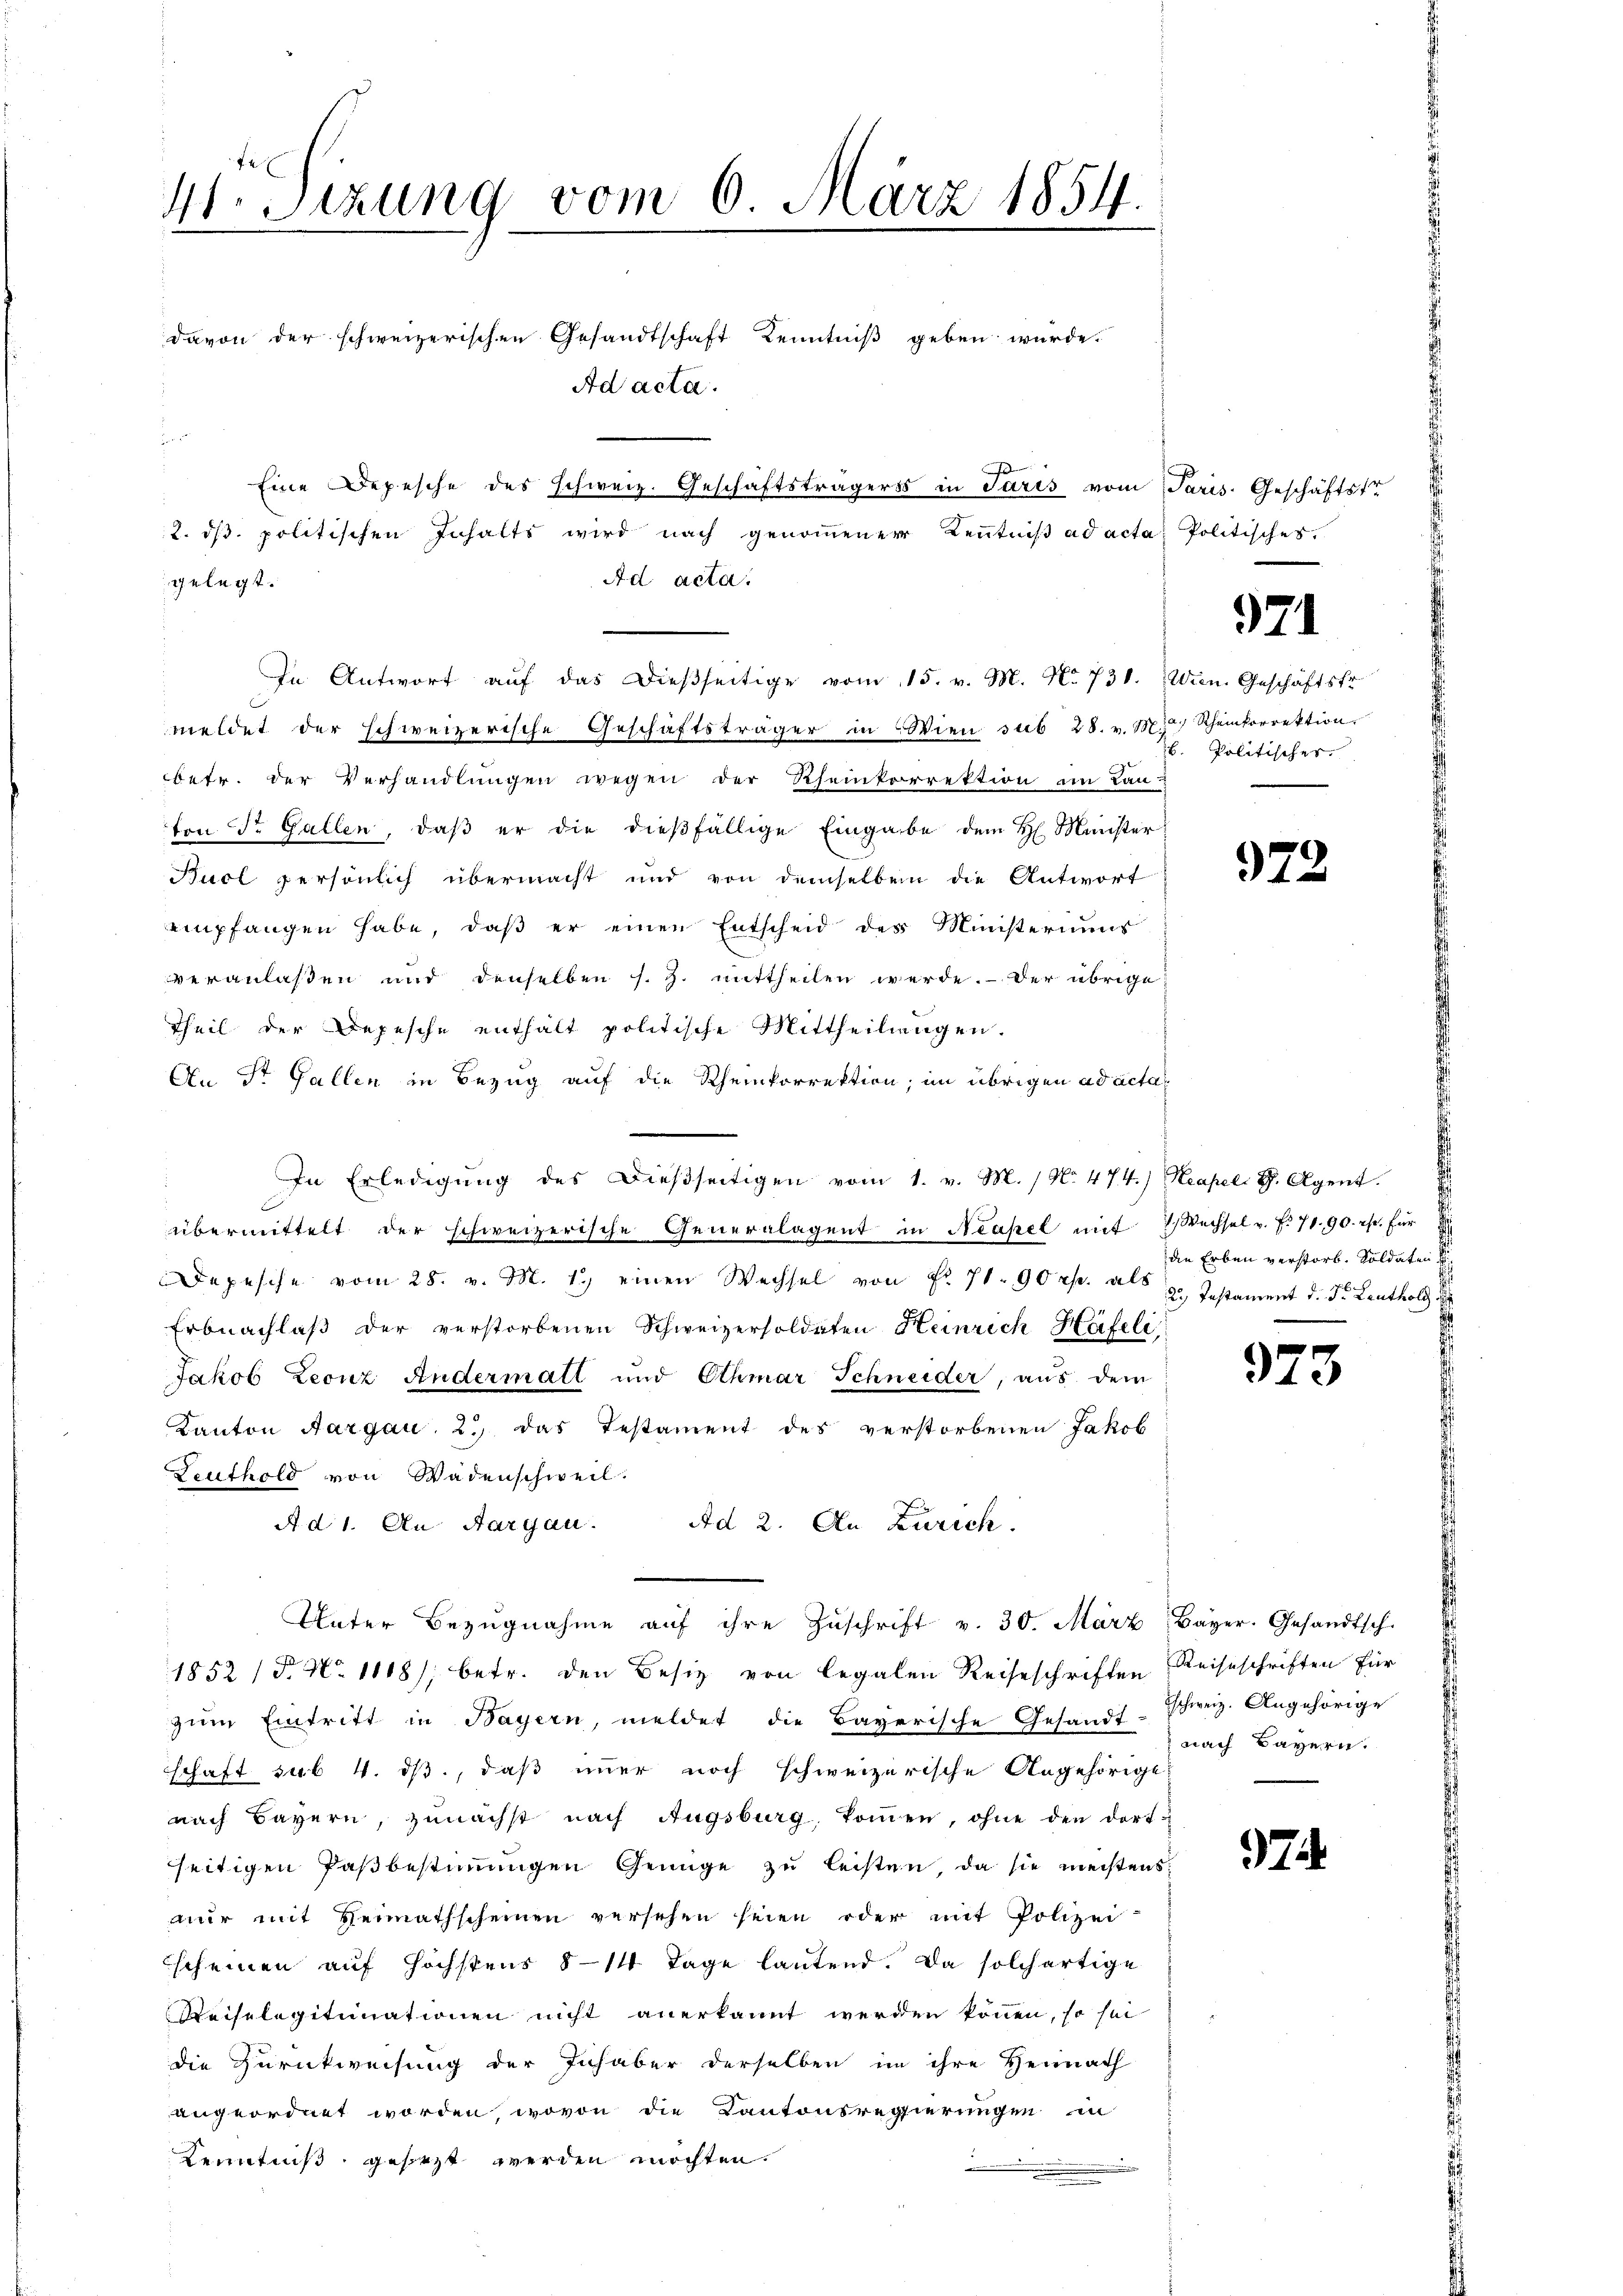
41. Sizung vom 6. März 1854.

davon der schweizerischen Gesandtschaft Kenntniß geben würde.
Ad acta.
¬
d
Eine Depesche des schweiz. Geschäftsträgers in Paris vom Paris. Geschäftstr
2. dβ. politischen Inhalts wird nach genommener Kenntniß ad acta Politischer

gelegt.

Ad acta.
In Antwort auf das dießseitige vom 15. v. M. No. 731. Wien. Geschäftsfr.
meldet der schweizerische Geschäftsträger in Wien sub 28. v. M. J. Rheinkorrektion.
betr. der Verhandlungen wegen der Rheinkorrektion im Lan-
ton St. Gallen, daβ er die dieβfällige Eingabe dem H. Minister
Bucl persönlich übermacht und von demselben die Antwort
empfangen habe, daß er einen Entscheid des Ministeriums
veranlassen und denselben s. Z. mittheilen werde. Der übrige
Theil der Depesche enthalt politische Mittheilungen.
An St. Gallen in Bezug auf die Rheinkorrektion; im übrigen ad acta
In Erledigŭng des dießseitigen vom 1. v. M. / N. 474.) Reapel. G. Agent
übermittelt der schweizerische Generalagent in Neapel mit 2 Wechsel v. f. 71. 90. c. für
Depesche vom 28. v. M. 1. einen Wechsel von Fr. 71. 90 rp. als 2. Testament d. Dr. Leuthold 188
Erbnachlaβ der verstorbenen Schweizersoldeten Heinrich Häfele
Jakob Leonz Andermatt und Othmar Schneider, aus dem
Kanton Aargau 2. das Testament des verstorbenen Jakob
Leuthold von Wadenschweil.
A d 1. An Aargau.
Ad 2. An Zürich.
Unter Bezŭgnahme aŭf ihre Zŭschrift v. 30. März, Bayer. Gesandtsch.
1852 /F. N. 1188), betr. den Besitz von legalen Reiseschriften Reiseschriften für
zum Eintritt in Bayern, meldet die Bayerische Gesandt Schweiz. Angehörige
schaft sub. 4. ds., daß immer noch schweizerische Angehörige
nach Bayern, zunächst nach Augsburg, koṁen, ohne den dort-
seitigen Paßbestimmigen Genüge zu leisten, da sie meistens
nur mit Heimathscheinen versehen seien oder mit Polizei-
scheinen auf höchstens 814 Tage lautend. Da solchartige
Keiselegitimationen nicht anerkannt werden können, so sei
die Zurückweisung der Inhaber derselben in ihre Heimath
angeordnet worden, wovon die Kantonsregierungen in
Kenntniß gesetzt werden möchten.

971

Politischer

972

die Erben verstorb. Soldaten

973

nach Bayern.

97